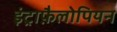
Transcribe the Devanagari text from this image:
इंट्राफ़ैलोपियन